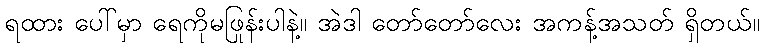
ရထား ပေါ်မှာ ရေကိုမဖြုန်းပါနဲ့။ အဲဒါ တော်တော်လေး အကန့်အသတ် ရှိတယ်။